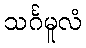
သင်္ဂမူလံ